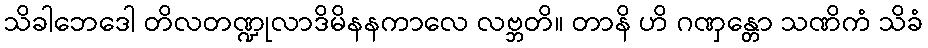
သိခါဘေဒေါ တိလတဏ္ဍုလာဒိမိနနကာလေ လဗ္ဘတိ။ တာနိ ဟိ ဂဏှန္တော သဏိကံ သိခံ